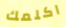
اكلمك